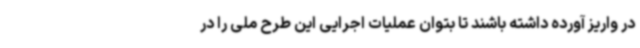
در واریز آورده داشته باشند تا بتوان عملیات اجرایی این طرح ملی را در